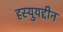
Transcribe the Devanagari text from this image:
हस्युयद्दीन